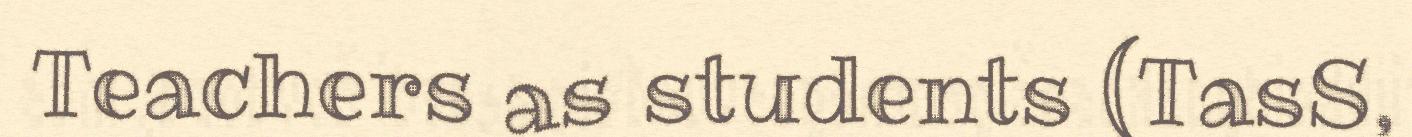
Teachers as students (TasS,